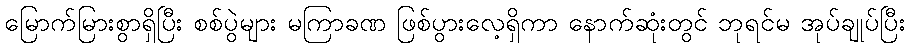
မြောက်မြားစွာရှိပြီး စစ်ပွဲများ မကြာခဏ ဖြစ်ပွားလေ့ရှိကာ နောက်ဆုံးတွင် ဘုရင်မ အုပ်ချုပ်ပြီး